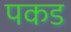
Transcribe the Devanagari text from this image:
पकड